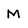
Character: M